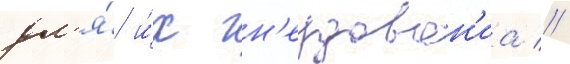
дл'я́ и́х гн'ездован'иа //